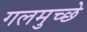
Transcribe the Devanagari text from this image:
गलमुच्छे